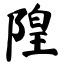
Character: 隍